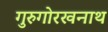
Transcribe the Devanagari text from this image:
गुरुगोरखनाथ